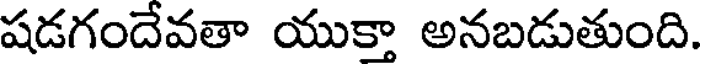
షడగందేవతా యుక్తా అనబడుతుంది.